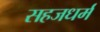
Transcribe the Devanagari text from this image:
सहजधर्म